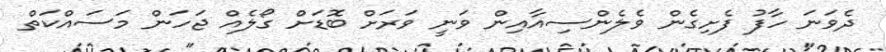
ދެވަނަ ހާފު ފެށިގެން ވެލެންސިއާއިން ވަނީ ވަރަށް ބޮޑަށް ގޯލެއް ޖަހަން މަސައްކަތް